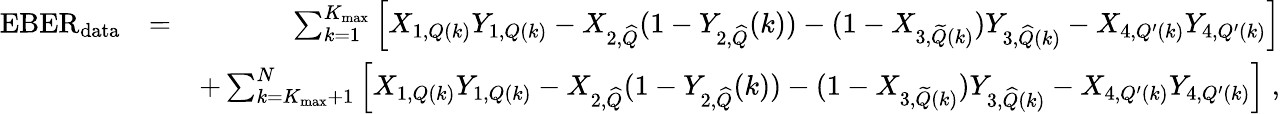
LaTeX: \begin{array}{rlr}{\mathrm{EBER}_{\mathrm{data}}}&{=}&{\sum_{k=1}^{K_{\mathrm{max}}}\left[X_{1,Q(k)}Y_{1,Q(k)}-X_{2,{\widehat Q}}(1-Y_{2,{\widehat Q}}(k))-(1-X_{3,{\widetilde Q}(k)})Y_{3,{\widehat Q}(k)}-X_{4,Q^{\prime}(k)}Y_{4,Q^{\prime}(k)}\right]}\\ &{}&{+\sum_{k=K_{\mathrm{max}}+1}^{N}\left[X_{1,Q(k)}Y_{1,Q(k)}-X_{2,{\widehat Q}}(1-Y_{2,{\widehat Q}}(k))-(1-X_{3,{\widetilde Q}(k)})Y_{3,{\widehat Q}(k)}-X_{4,Q^{\prime}(k)}Y_{4,Q^{\prime}(k)}\right]\; ,}\end{array}